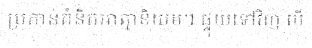
ប្រកាន់គំនិតអាត្មានិយម។ ផ្ទុយទៅវិញ បើ